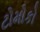
ટોમોકો